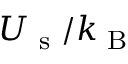
U _ { \textrm { s } } / k _ { \textrm { B } }